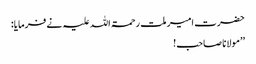
حضرت امیر ملت رحمۃ اللہ علیہ نے فرمایا:
’’مولانا صاحب!